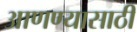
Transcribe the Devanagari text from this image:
आणण्‍यासाठी